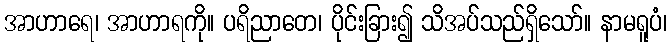
အာဟာရေ၊ အာဟာရကို။ ပရိညာတေ၊ ပိုင်းခြား၍ သိအပ်သည်ရှိသော်။ နာမရူပံ၊